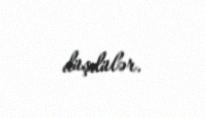
düşdülər.